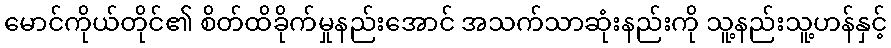
မောင်ကိုယ်တိုင်၏ စိတ်ထိခိုက်မှုနည်းအောင် အသက်သာဆုံးနည်းကို သူ့နည်းသူ့ဟန်နှင့်